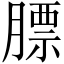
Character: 膘